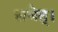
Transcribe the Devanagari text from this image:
लभेत्।